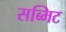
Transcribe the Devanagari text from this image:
सब्मिट